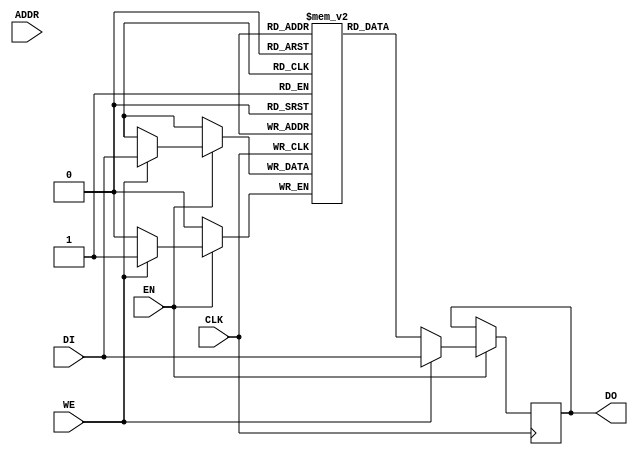

`ifdef BSV_ASSIGNMENT_DELAY
`else
 `define BSV_ASSIGNMENT_DELAY
`endif

// Single-Ported BRAM with byte enables
module BRAM1BE(CLK,
               EN,
               WE,
               ADDR,
               DI,
               DO
              );

   parameter                      PIPELINED  = 0;
   parameter                      ADDR_WIDTH = 1;
   parameter                      DATA_WIDTH = 1;
   parameter                      CHUNKSIZE  = 1;
   parameter                      WE_WIDTH   = 1;
   parameter                      MEMSIZE    = 1;

   input                          CLK;
   input                          EN;
   input [WE_WIDTH-1:0]           WE;
   input [ADDR_WIDTH-1:0]         ADDR;
   input [DATA_WIDTH-1:0]         DI;
   output [DATA_WIDTH-1:0]        DO;

   reg [DATA_WIDTH-1:0]           RAM[0:MEMSIZE-1];
   reg [DATA_WIDTH-1:0]           DO_R;
   reg [DATA_WIDTH-1:0]           DO_R2;


`ifdef BSV_NO_INITIAL_BLOCKS
`else
   // synopsys translate_off
   initial
   begin : init_block
      integer   i;
      for (i = 0; i < MEMSIZE; i = i + 1) begin
         RAM[i] = { ((DATA_WIDTH+1)/2) { 2'b10 } };
      end
      DO_R  = { ((DATA_WIDTH+1)/2) { 2'b10 } };
      DO_R2 = { ((DATA_WIDTH+1)/2) { 2'b10 } };
   end
   // synopsys translate_on
`endif // !`ifdef BSV_NO_INITIAL_BLOCKS

   generate
      genvar i;
      for(i = 0; i < WE_WIDTH; i = i + 1) begin: porta_we
         always @(posedge CLK) begin
            if (EN) begin
               if (WE[i]) begin
                  RAM[ADDR][((i+1)*CHUNKSIZE)-1 : i*CHUNKSIZE] <= `BSV_ASSIGNMENT_DELAY DI[((i+1)*CHUNKSIZE)-1 : i*CHUNKSIZE];
                  DO_R[((i+1)*CHUNKSIZE)-1 : i*CHUNKSIZE]      <= `BSV_ASSIGNMENT_DELAY DI[((i+1)*CHUNKSIZE)-1 : i*CHUNKSIZE];
               end
               else begin
                  DO_R[((i+1)*CHUNKSIZE)-1 : i*CHUNKSIZE]      <= `BSV_ASSIGNMENT_DELAY RAM[ADDR][((i+1)*CHUNKSIZE)-1 : i*CHUNKSIZE];
               end
            end
         end
      end      
   endgenerate

   // Output driver
   always @(posedge CLK) begin
      DO_R2 <= `BSV_ASSIGNMENT_DELAY DO_R;
   end
   
   assign DO = (PIPELINED) ? DO_R2 : DO_R;

endmodule // BRAM1BE